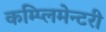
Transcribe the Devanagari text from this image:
कम्प्लिमेन्टरी